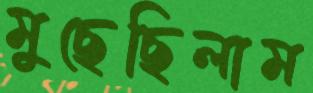
মুছেছিলাম